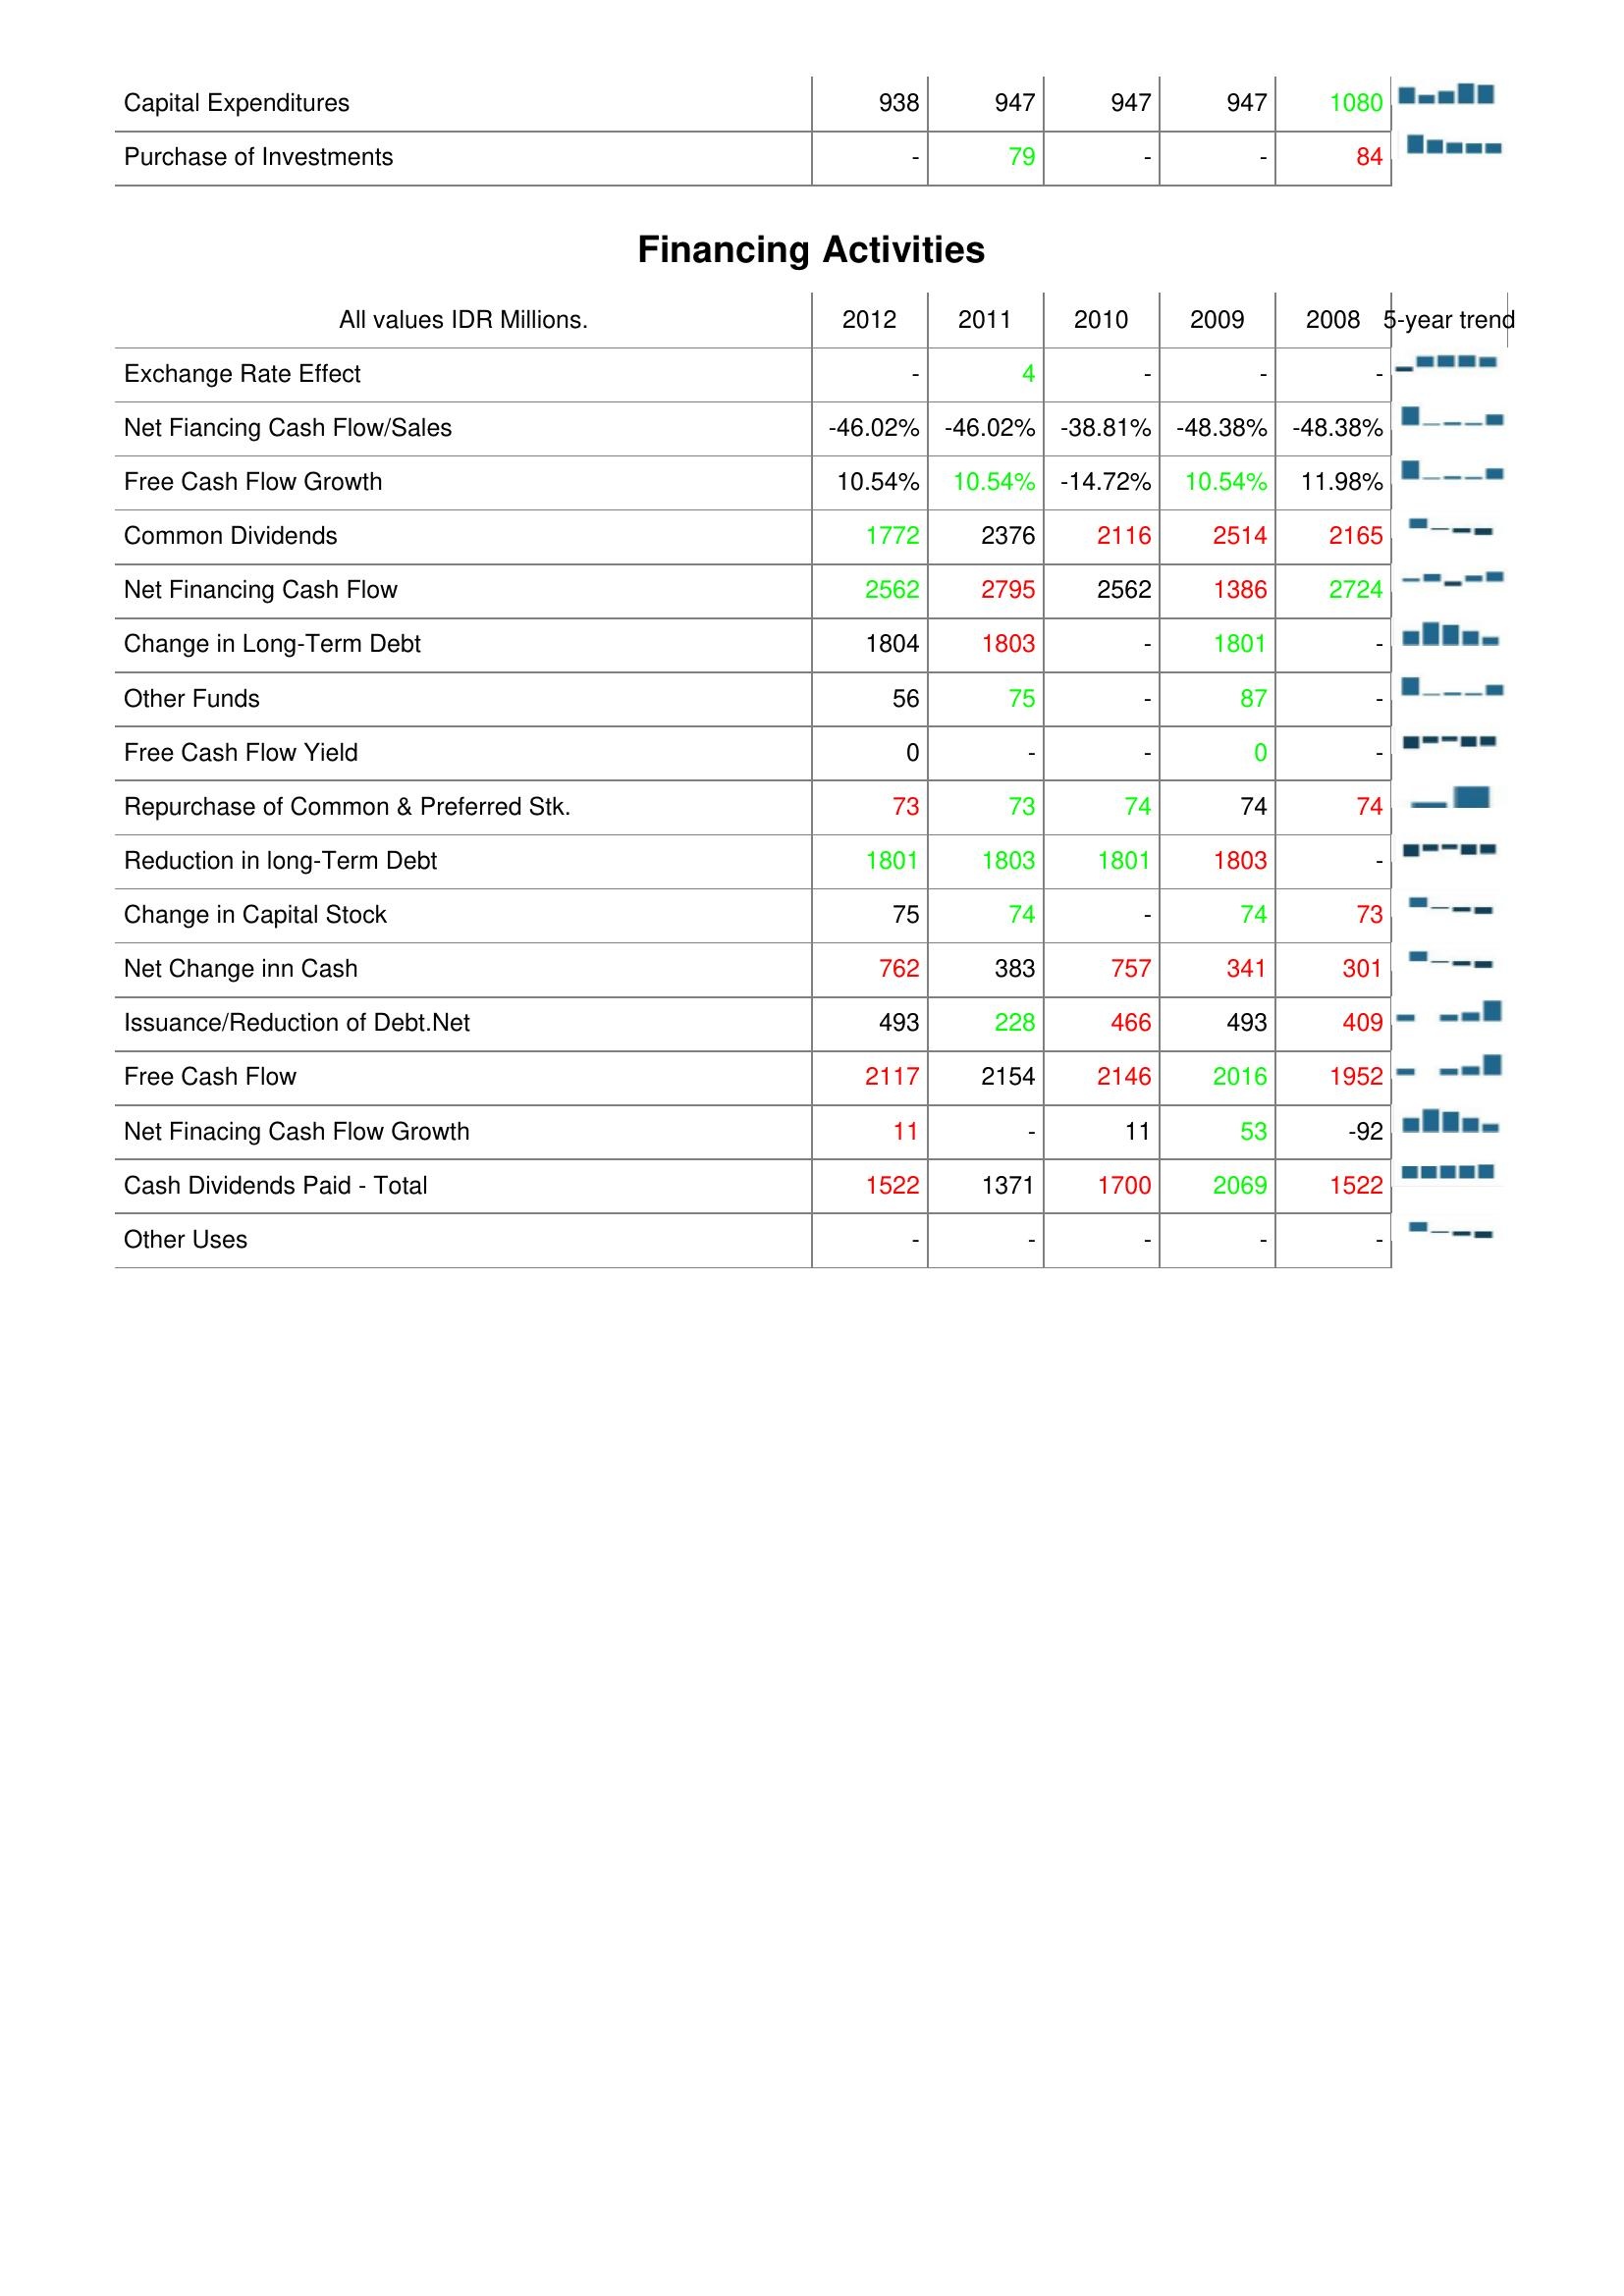
2012: Investing Activities: Capital Expenditures: 938
Purchase of Investments: -
Financing Activities: Exchange Rate Effect: -
Net Fiancing Cash Flow/Sales: -46.02%
Free Cash Flow Growth: 10.54%
Common Dividends: 1772
Net Financing Cash Flow: 2562
Change in Long-Term Debt: 1804
Other Funds: 56
Free Cash Flow Yield: 0
Repurchase of Common & Preferred Stk.: 73
Reduction in long-Term Debt: 1801
Change in Capital Stock: 75
Net Change inn Cash: 762
Issuance/Reduction of Debt.Net: 493
Free Cash Flow: 2117
Net Finacing Cash Flow Growth: 11
Cash Dividends Paid - Total: 1522
Other Uses: -
2011: Investing Activities: Capital Expenditures: 947
Purchase of Investments: 79
Financing Activities: Exchange Rate Effect: 4
Net Fiancing Cash Flow/Sales: -46.02%
Free Cash Flow Growth: 10.54%
Common Dividends: 2376
Net Financing Cash Flow: 2795
Change in Long-Term Debt: 1803
Other Funds: 75
Free Cash Flow Yield: -
Repurchase of Common & Preferred Stk.: 73
Reduction in long-Term Debt: 1803
Change in Capital Stock: 74
Net Change inn Cash: 383
Issuance/Reduction of Debt.Net: 228
Free Cash Flow: 2154
Net Finacing Cash Flow Growth: -
Cash Dividends Paid - Total: 1371
Other Uses: -
2010: Investing Activities: Capital Expenditures: 947
Purchase of Investments: -
Financing Activities: Exchange Rate Effect: -
Net Fiancing Cash Flow/Sales: -38.81%
Free Cash Flow Growth: -14.72%
Common Dividends: 2116
Net Financing Cash Flow: 2562
Change in Long-Term Debt: -
Other Funds: -
Free Cash Flow Yield: -
Repurchase of Common & Preferred Stk.: 74
Reduction in long-Term Debt: 1801
Change in Capital Stock: -
Net Change inn Cash: 757
Issuance/Reduction of Debt.Net: 466
Free Cash Flow: 2146
Net Finacing Cash Flow Growth: 11
Cash Dividends Paid - Total: 1700
Other Uses: -
2009: Investing Activities: Capital Expenditures: 947
Purchase of Investments: -
Financing Activities: Exchange Rate Effect: -
Net Fiancing Cash Flow/Sales: -48.38%
Free Cash Flow Growth: 10.54%
Common Dividends: 2514
Net Financing Cash Flow: 1386
Change in Long-Term Debt: 1801
Other Funds: 87
Free Cash Flow Yield: 0
Repurchase of Common & Preferred Stk.: 74
Reduction in long-Term Debt: 1803
Change in Capital Stock: 74
Net Change inn Cash: 341
Issuance/Reduction of Debt.Net: 493
Free Cash Flow: 2016
Net Finacing Cash Flow Growth: 53
Cash Dividends Paid - Total: 2069
Other Uses: -
2008: Investing Activities: Capital Expenditures: 1080
Purchase of Investments: 84
Financing Activities: Exchange Rate Effect: -
Net Fiancing Cash Flow/Sales: -48.38%
Free Cash Flow Growth: 11.98%
Common Dividends: 2165
Net Financing Cash Flow: 2724
Change in Long-Term Debt: -
Other Funds: -
Free Cash Flow Yield: -
Repurchase of Common & Preferred Stk.: 74
Reduction in long-Term Debt: -
Change in Capital Stock: 73
Net Change inn Cash: 301
Issuance/Reduction of Debt.Net: 409
Free Cash Flow: 1952
Net Finacing Cash Flow Growth: -92
Cash Dividends Paid - Total: 1522
Other Uses: -